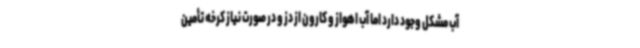
آب مشکل وجود دارد اما آب اهواز و کارون از دز و در صورت نیاز کرخه تأمین